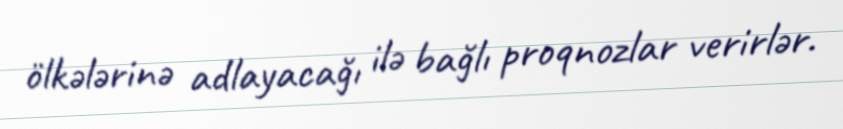
ölkələrinə adlayacağı ilə bağlı proqnozlar verirlər.